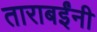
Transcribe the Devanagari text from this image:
ताराबईंनी